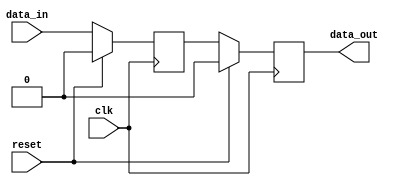
module latch_delay (
    input wire clk,        // Clock signal
    input wire reset,      // Reset signal
    input wire data_in,    // Input signal
    output reg data_out    // Output signal
);

reg latch;

always @(posedge clk) begin
    if (reset) begin
        latch <= 0;
    end else begin
        latch <= data_in;
    end
end

always @(posedge clk) begin
    if (reset) begin
        data_out <= 0;
    end else begin
        data_out <= latch;
    end
end

endmodule